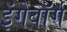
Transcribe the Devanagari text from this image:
इंगेबॉर्ग